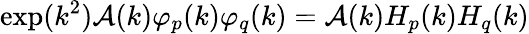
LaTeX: \exp(k^{2})\mathcal{A}(k)\varphi_{p}(k)\varphi_{q}(k)=\mathcal{A}(k)H_{p}(k)H_{q}(k)